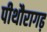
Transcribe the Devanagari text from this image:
पीथौरागढ़